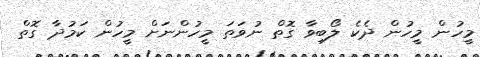
މީހުން މީހުން ދެކެ ލޯބިވާ ގޮތް ނުވަތަ މީހުންނަށް މީހުން ކަމުދާ ގޮތް